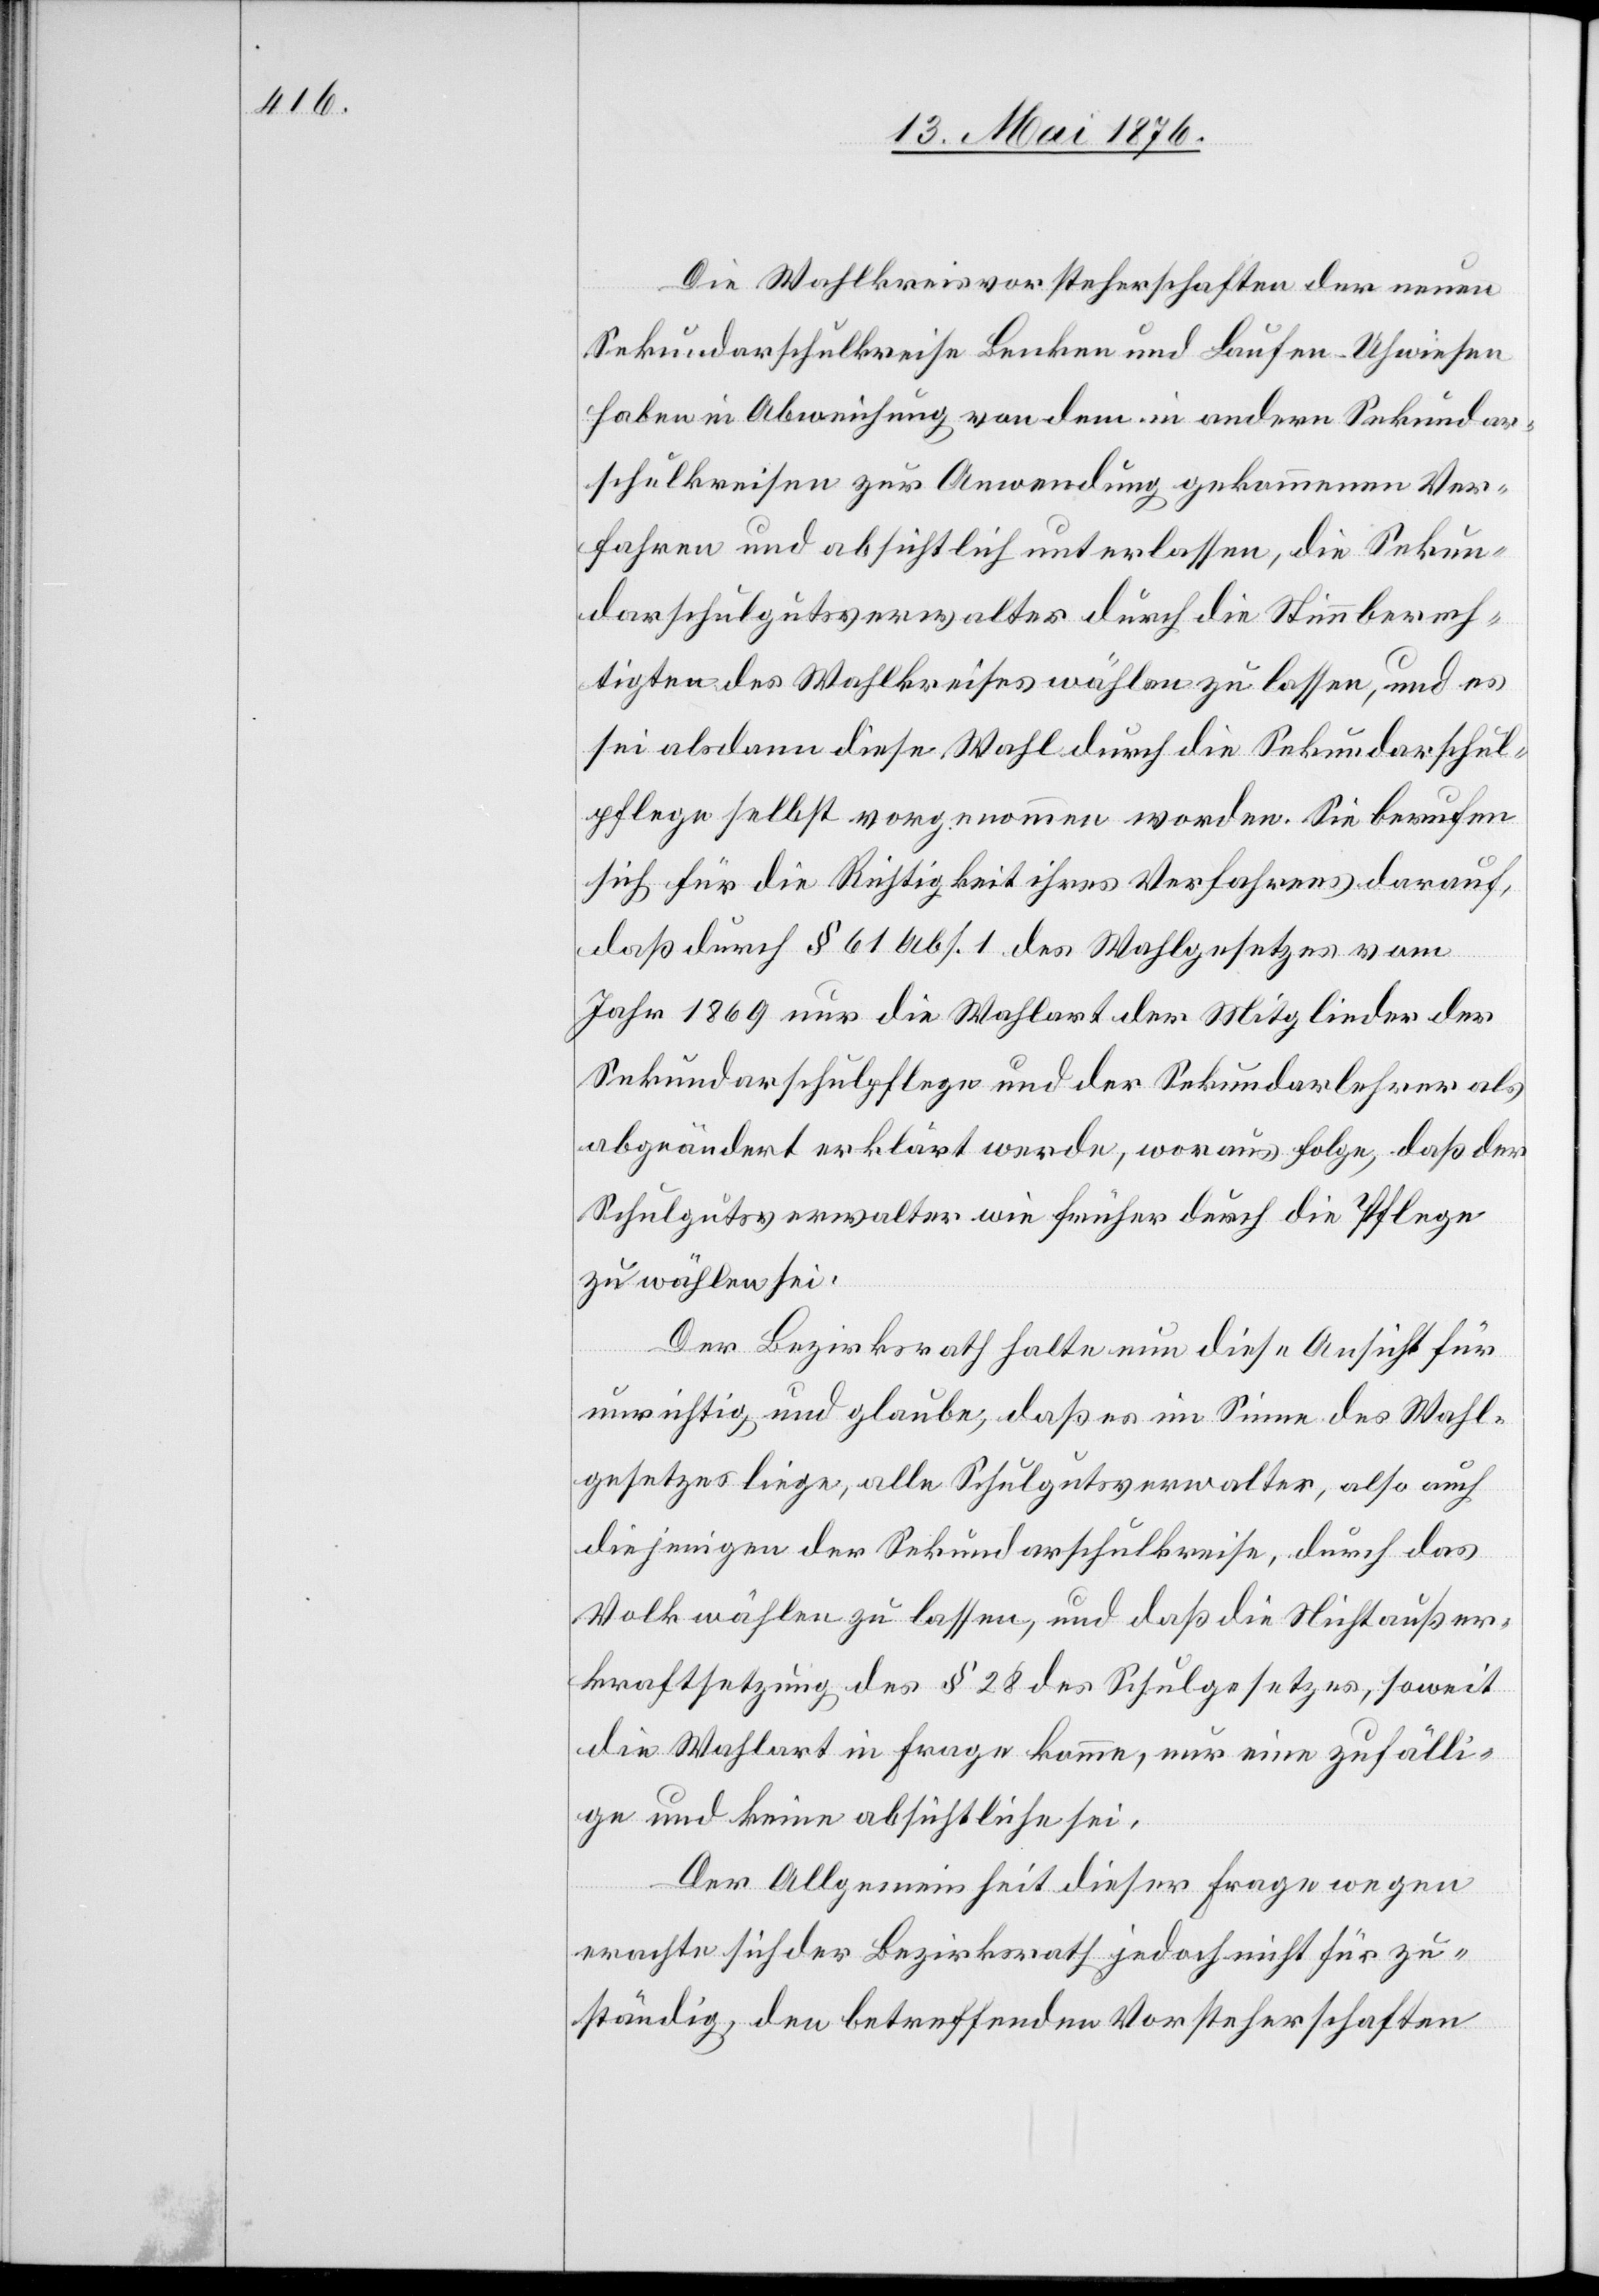
Die Wahlkreisvorsteherschaften der neuen
Sekundarschulkreise Benken und Laufen-Uhwiesen
haben in Abweichung von dem in andern Sekundar¬
schulkreisen zur Anwendung gekommenen Ver¬
fahren und absichtlich unterlassen, die Sekun¬
darschulgutsverwalter durch die Stimmberech¬
tigten des Wahlkreises wählen zu lassen, und es
sei alsdann diese Wahl durch die Sekundarschul¬
pflege selbst vorgenommen worden. Sie berufen
sich für die Richtigkeit ihres Verfahrens darauf,
das durch § 61 Abs. 1 des Wahlgesetzes vom
Jahr 1869 nur die Wahlart der Mitglieder der
Sekundarschulpflege und der Sekundarlehrer als
abgeändert erklärt werde, woraus folge, daß der
Schulgutsverwalter wie früher durch die Pflege
zu wählen sei.
Der Bezirksrath halte nun diese Ansicht für
unrichtig und glaube, daß es im Sinne des Wahl¬
gesetzes liege, alle Schulgutsverwalter, als auch
diejenigen der Sekundarschulkreise, durch das
Volk wählen zu lassen, und daß die Nichtaußer¬
kraftsetzung des § 28 des Schulgesetzes, soweit
die Wahlart in Frage komme, nur eine zufälli¬
ge und keine absichtliche sei.
Der Allgemeinheit dieser Frage wegen
erachte sich der Bezirksrath jedoch nicht für zu¬
ständig, den betreffenden Vorsteherschaften